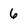
Character: 6